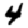
Digit: 4